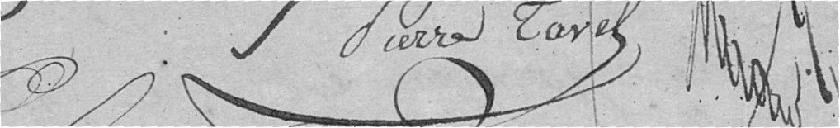
Pierre Tavel         ????????